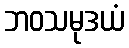
ဘဝသမုဒယံ